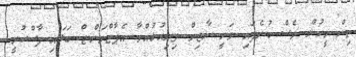
ތިން މީހުން ވެސް ބުނެފައި ވަނީ ނާޒިމް ދިރިއުޅުއްވާ އެޕާޓްމަންޓް ބަލައި ފާސްކުރީ